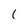
Character: 1